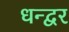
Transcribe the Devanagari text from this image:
धन्द्वर